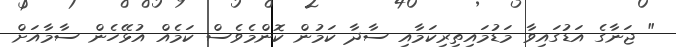
" ޖަނާގެ އަޑުގައިވާ މަޑުމައިތިރިކަމާއި ސާދާ ކަމުން ކޮންމެވެސް ކަމެއް އުޅޭހެން ސާމާއަށް